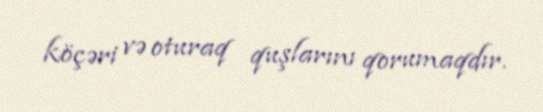
köçəri və oturaq quşlarını qorumaqdır.